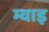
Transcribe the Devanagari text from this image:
म्वाइ